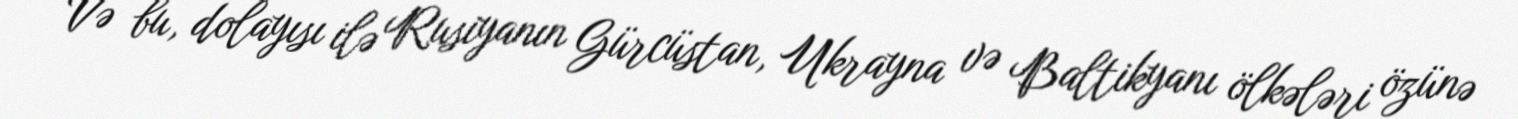
Və bu, dolayısı ilə Rusiyanın Gürcüstan, Ukrayna və Baltikyanı ölkələri özünə